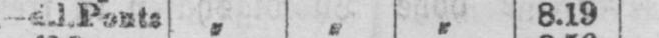
- e.l.Ponte „ „ „ 8.19